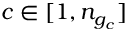
c \in [ 1 , n _ { g _ { c } } ]